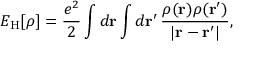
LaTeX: E _ { \mathrm { H } } [ \rho ] = { \frac { e ^ { 2 } } { 2 } } \int d \mathbf { r } \int d \mathbf { r } ^ { \prime } \, { \frac { \rho ( \mathbf { r } ) \rho ( \mathbf { r } ^ { \prime } ) } { | \mathbf { r } - \mathbf { r } ^ { \prime } | } } ,